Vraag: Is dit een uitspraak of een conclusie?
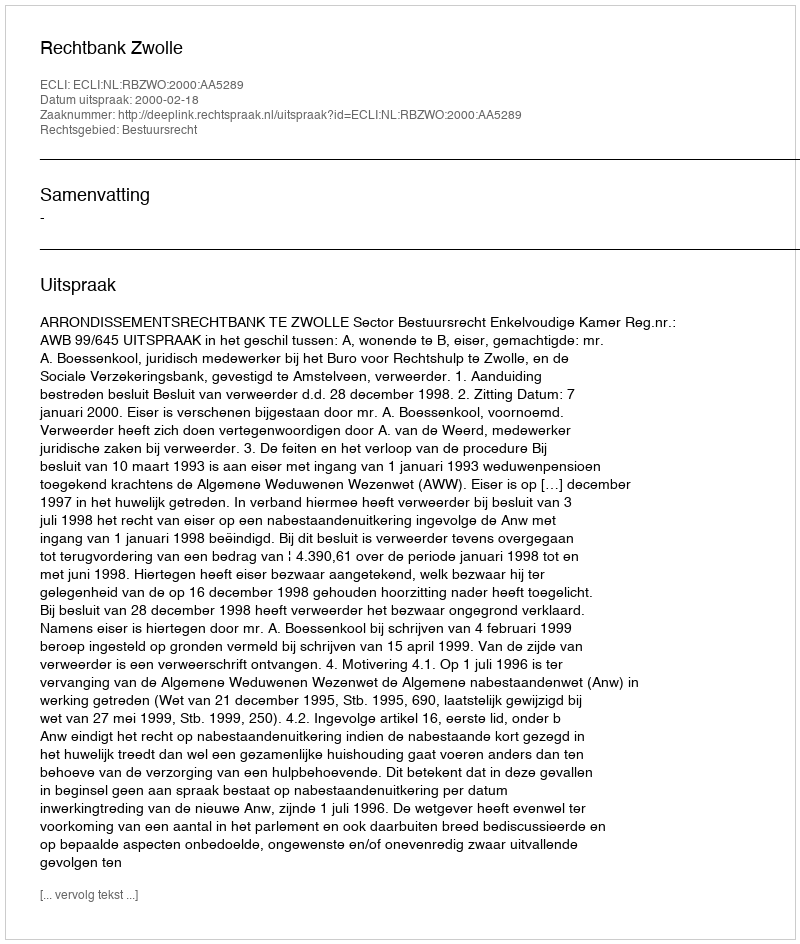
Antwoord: Uitspraak